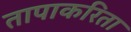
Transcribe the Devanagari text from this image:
तापाकरिता